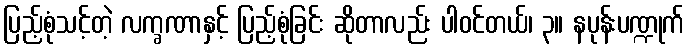
ပြည့်စုံသင့်တဲ့ လက္ခဏာနှင့် ပြည့်စုံခြင်း ဆိုတာလည်း ပါဝင်တယ်၊ ၃။ နပုန်းပဏ္ဍုက်